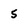
Character: 5